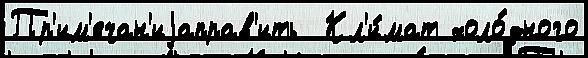
Пр'им'ечан'иjаправ'ить  Кл'и́мат холо́дного